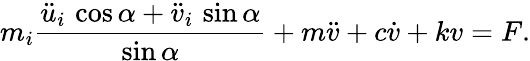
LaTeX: m_{i}\frac{{\ddot{u}_{i}}\, \cos{\alpha}+{\ddot{v}_{i}}\, \sin{\alpha}}{\sin{\alpha}}+m\ddot{v}+c\dot{v}+kv=F.